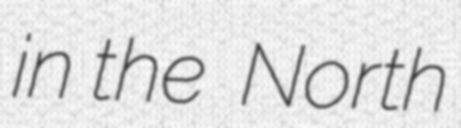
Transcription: in the  North